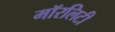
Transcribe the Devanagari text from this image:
मॉरलिटी